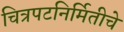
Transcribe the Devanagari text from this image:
चित्रपटनिर्मितीचे